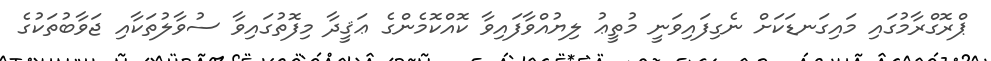
ޕްރޮގްރާމުގައި މައިގަނޑަކަށް ނެގިފައިވަނީ މުތީޢު ލިޔުއްވާފައިވާ ކޮއްކޮމެންގެ ޢަޤީދާ މިފޮތުގައިވާ ސުވާލުތަކާއި ޖަވާބުތަކުގެ